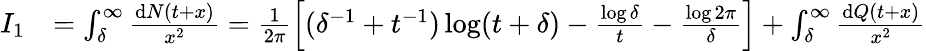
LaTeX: \begin{array}{rl}{I_{1}}&{=\int_{\delta}^{\infty}\frac{\mathrm{d}N(t+x)}{x^{2}}=\frac{1}{2\pi}\left[(\delta^{-1}+t^{-1})\log(t+\delta)-\frac{\log\delta}{t}-\frac{\log 2\pi}{\delta}\right]+\int_{\delta}^{\infty}\frac{\mathrm{d}Q(t+x)}{x^{2}}}\end{array}